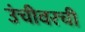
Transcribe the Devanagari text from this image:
उंचीवरची